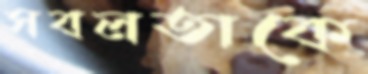
সবলতাকে